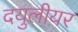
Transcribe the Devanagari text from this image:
दयुलीयर